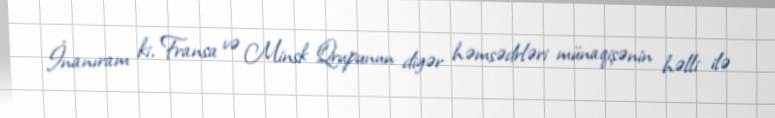
İnanıram ki, Fransa və Minsk Qrupunun digər həmsədrləri münaqişənin həlli ilə